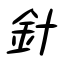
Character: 針